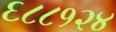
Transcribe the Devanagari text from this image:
६८८१२४